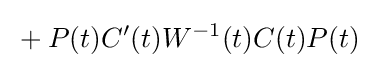
{}+P(t)C'(t)W^{-1}(t)C(t)P(t)